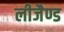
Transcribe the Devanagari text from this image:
लीजैण्ड